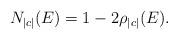
LaTeX: \begin{align*}N_{|c|}(E)=1-2\rho_{|c|}(E).\end{align*}